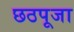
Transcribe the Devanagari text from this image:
छठपूजा